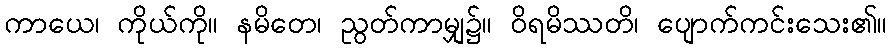
ကာယေ၊ ကိုယ်ကို။ နမိတေ၊ ညွတ်ကာမျှ၌။ ဝိရမိဿတိ၊ ပျောက်ကင်းသေး၏။